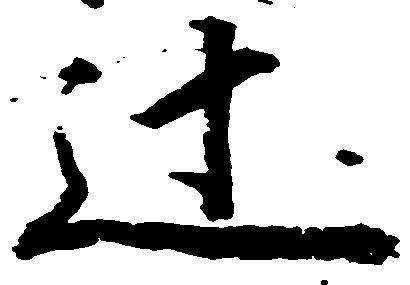
辻